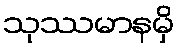
သုဿမာနမှိ